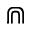
\Cap